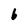
Character: b